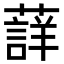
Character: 𮑳